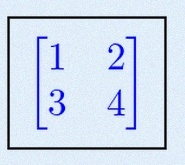
\begin{bmatrix}1&2\\3&4\end{bmatrix}